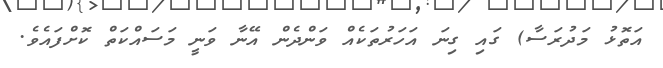
އަތޮޅު މަދުރަސާ) ގައި ގިނަ އަހަރުތަކެއް ވަންދެން އޭނާ ވަނީ މަސައްކަތް ކޮށްފައެވެ.